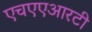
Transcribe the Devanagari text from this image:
एचएएआरटी